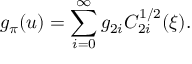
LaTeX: g _ { \pi } ( u ) = \sum _ { i = 0 } ^ { \infty } g _ { 2 i } C _ { 2 i } ^ { 1 / 2 } ( \xi ) .